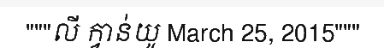
"""លី ក្វាន់យូ March 25, 2015"""